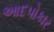
આદપોકાર